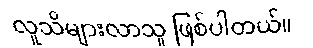
လူသိများလာသူ ဖြစ်ပါတယ်။